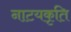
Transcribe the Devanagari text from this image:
नाटयकृति